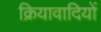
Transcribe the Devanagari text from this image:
क्रियावादियों